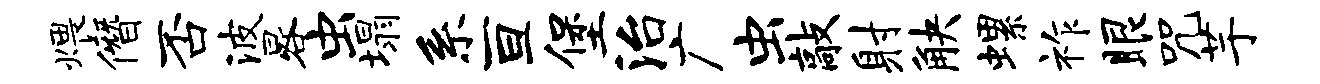
煨僭否波晷虫塌系亘堡治广虫敲射觖螺祚眼咒芋